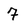
Character: 7